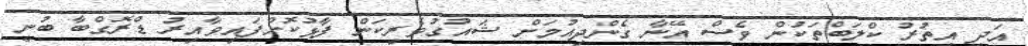
އަދި އިތުރު ކްލަބްތަކުން ވެސް އޭނާ ގެންދިއުމަށް ޝައުގުވެރިކަން ފާޅުކޮށްފައިވާއިރު ޑްރޮގްބާ ބުނީ